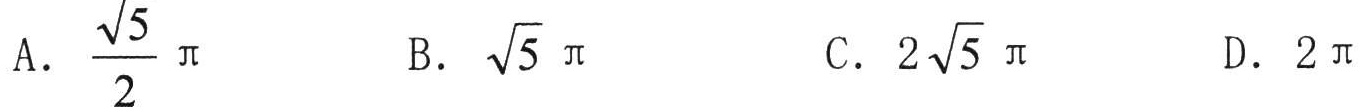
A. $\dfrac{\sqrt{5}}{2}\pi$  B. $\sqrt{5}\pi$  C. $2\sqrt{5}\pi$  D. $2\pi$